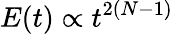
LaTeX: E(t)\propto t^{2(N-1)}